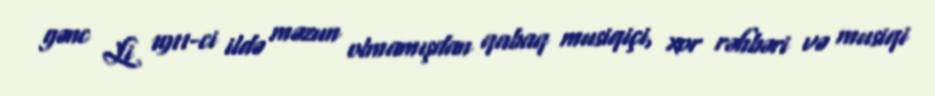
gənc Li 1911-ci ildə məzun olmamışdan qabaq musiqiçi, xor rəhbəri və musiqi